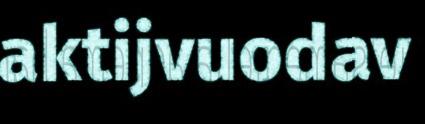
aktijvuodav